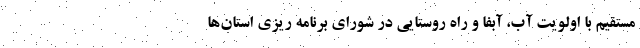
مستقیم با اولویت آب، آبفا و راه روستایی در شورای برنامه ریزی استان‌ها